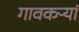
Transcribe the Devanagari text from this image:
गावकऱ्यां